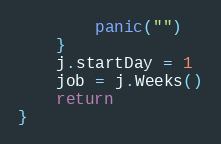
Language: Go
		panic("")
	}
	j.startDay = 1
	job = j.Weeks()
	return
}